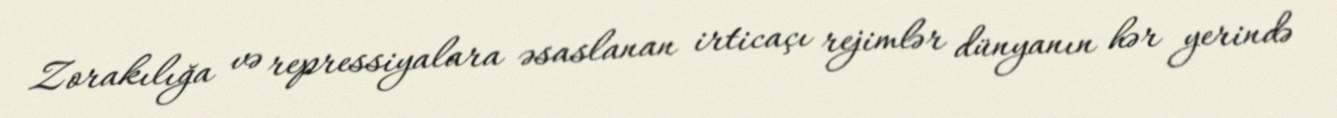
Zorakılığa və repressiyalara əsaslanan irticaçı rejimlər dünyanın hər yerində